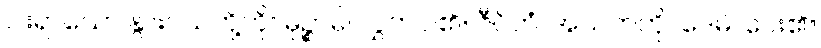
ငါးရာသော နွားငယ်တို့ကို။ မုဉ္စာမိ၊ လွှတ်ပါ၏။ ဇီဝိတံ၊ အသက်ကို။ ဒေမိ၊ ပေး၏။